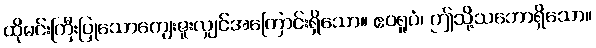
ထိုမင်းကြီးပြုသောကျေးဇူးလျှင်အကြောင်းရှိသော။ ဧဝရူပံ၊ ဤသို့သဘောရှိသော။